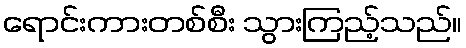
ရောင်းကားတစ်စီး သွားကြည့်သည်။